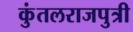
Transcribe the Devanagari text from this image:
कुंतलराजपुत्री